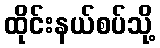
ထိုင်းနယ်စပ်သို့